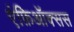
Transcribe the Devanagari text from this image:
एंफ़िऑक्सस